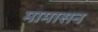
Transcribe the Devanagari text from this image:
मामासन